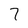
Character: 7